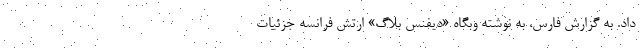
داد. به گزارش فارس، به نوشته وبگاه «دیفنس بلاگ» ارتش فرانسه جزئیات